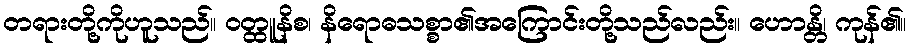
တရားတို့ကိုဟူသည်။ ဝတ္ထူနိစ၊ နိရောဓသစ္စာ၏အကြောင်းတို့သည်လည်း။ ဟောန္တိ၊ ကုန်၏။